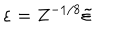
LaTeX: \varepsilon = Z ^ { - 1 / 8 } \tilde { \varepsilon }